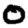
Digit: 0